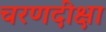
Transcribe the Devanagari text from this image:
चरणदीक्षा